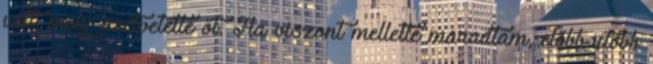
volt, mely szétvetette őt. Ha viszont mellette maradtam, előbb-utóbb